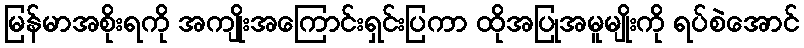
မြန်မာအစိုးရကို အကျိုးအကြောင်းရှင်းပြကာ ထိုအပြုအမူမျိုးကို ရပ်စဲအောင်